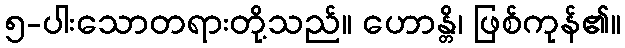
၅-ပါးသောတရားတို့သည်။ ဟောန္တိ၊ ဖြစ်ကုန်၏။